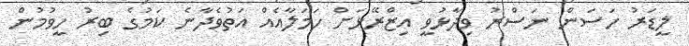
ލީޑަރު ހަސަން ނަސްރު ވިދާޅުވީ އިޒްރޭޅަށް ހަމަލާއެއް އަތުވެދާނެ ކަމުގެ ބިރު ހީވުމުން